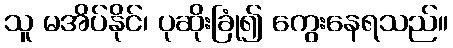
သူ မအိပ်နိုင်၊ ပုဆိုးခြုံ၍ ကွေးနေရသည်။